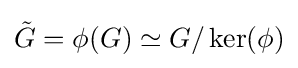
{\tilde {G}}=\phi (G)\simeq G/\ker(\phi )